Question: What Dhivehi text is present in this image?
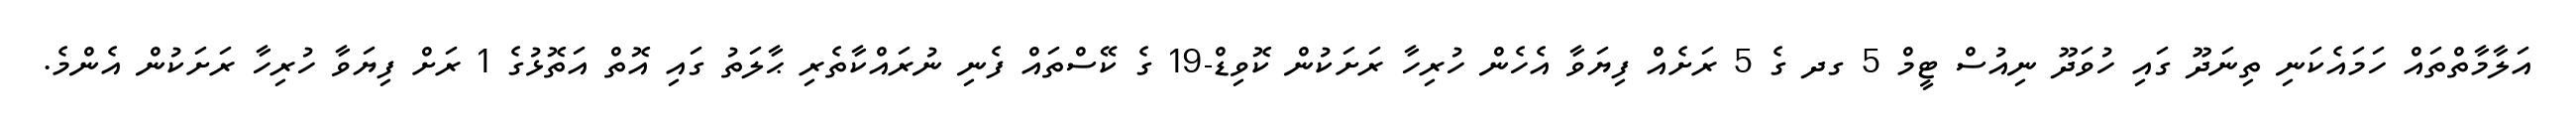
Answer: އަލާމާތްތައް ހަމައެކަނި ތިނަދޫ ގައި ހުވަދޫ ނިއުސް ޓީމް 5 ގދ ގެ 5 ރަށެއް ފިޔަވާ އެހެން ހުރިހާ ރަށަކުން ކޮވިޑް-19 ގެ ކޭސްތައް ފެނި ނުރައްކާތެރި ޙާލަތު ގައި އޮތް އަތޮޅުގެ 1 ރަށް ފިޔަވާ ހުރިހާ ރަށަކުން އެންމެ.